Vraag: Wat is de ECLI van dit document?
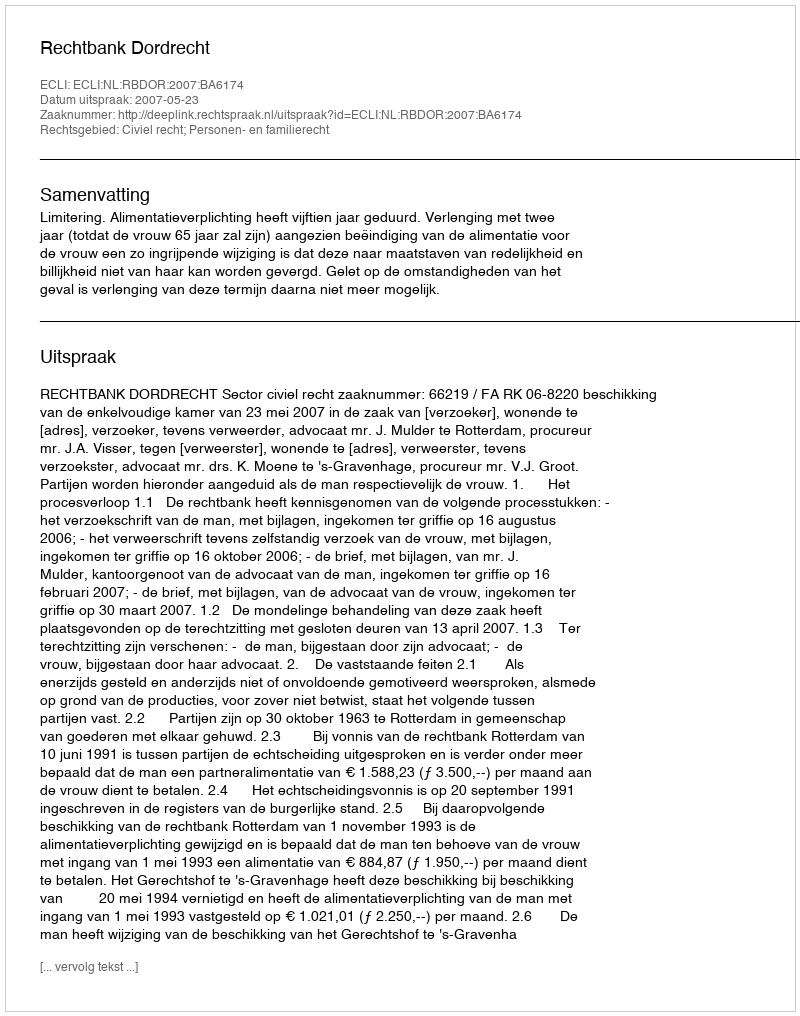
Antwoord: ECLI:NL:RBDOR:2007:BA6174